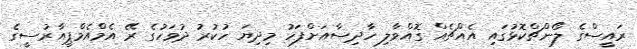
ރައީސްގެ ލޯންޗްކޮޅުގައި އެއްޗެއް ގޮއްވާލި ހާދިސާއަށްފަހު މިދިޔަ ހުކުރު ދުވަހުގެ ރޭ އެމްއެމްޕީއާރުސީގެ